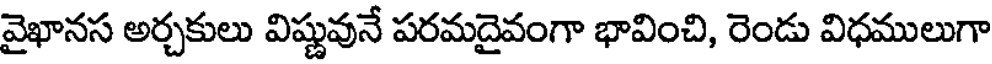
వైఖానస అర్చకులు విష్ణువునే పరమదైవంగా భావించి, రెండు విధములుగా